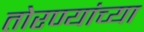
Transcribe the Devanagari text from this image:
तोरण्यांच्या